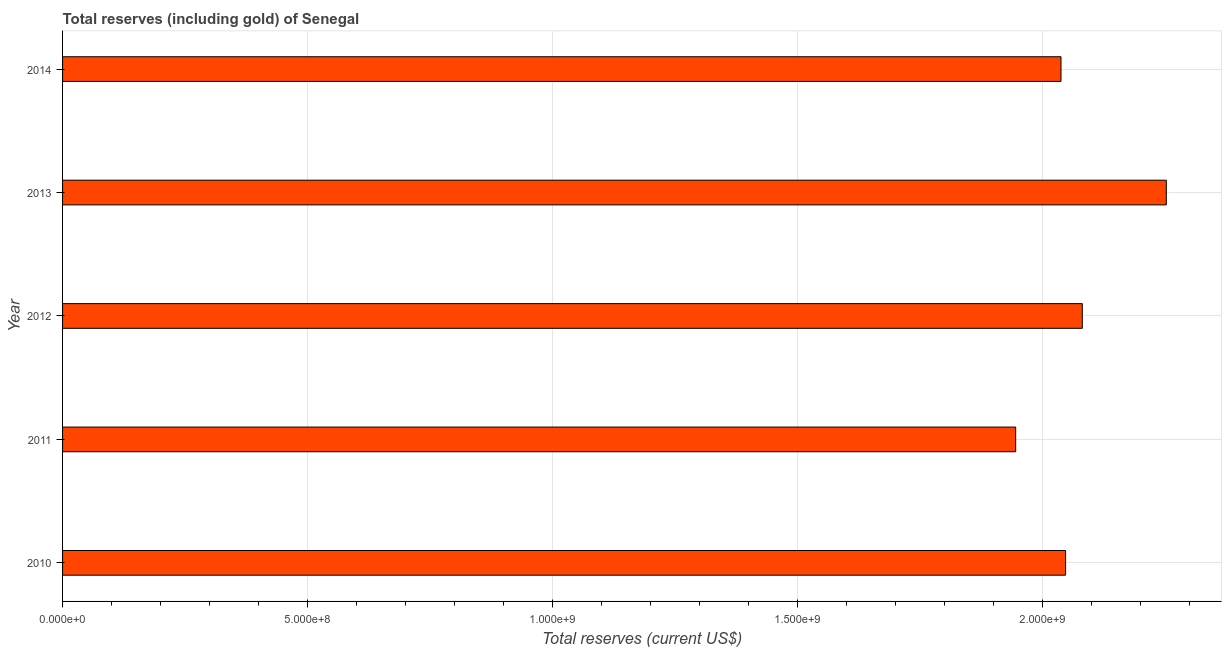
| Year | Total reserves (includes gold |
 | --- | --- |
 | 2010 | 2.05e+09 |
 | 2011 | 1.95e+09 |
 | 2012 | 2.08e+09 |
 | 2013 | 2.25e+09 |
 | 2014 | 2.04e+09 |